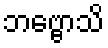
ဘဗ္ဗောသိ